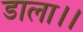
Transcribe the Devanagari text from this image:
डाला।।